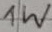
Text: 1W